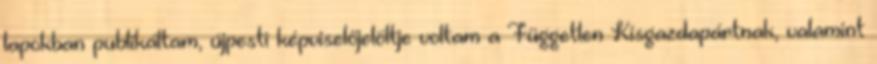
lapokban publikál­tam, újpes­ti képviselőjelöltje voltam a Független Kisgazdapártnak, valamint